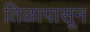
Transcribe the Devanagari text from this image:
तिळापासून